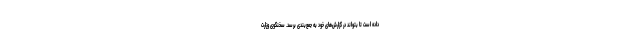
داده است تا بتواند در گزارش‌های خود به جمع‌بندی برسد. سخنگوی وزارت